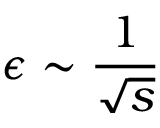
\epsilon \sim \frac { 1 } { \sqrt { s } }